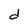
Character: d